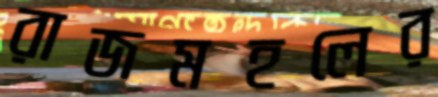
রাজমহলের